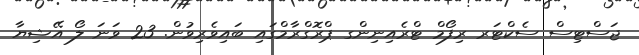
ޖަސްޓިސް ސެކްޓަރ ރިފޯމް ޓްރެއިނިންގ ޕްރޮގްރާމްގައި ބައިވެރިވުން. 23 ވަނަ ލޯ އޭޝިޔާ